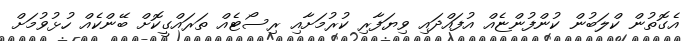
އެގޮތުން ކްލަބުން ކުންފުންޏެއް އުފައްދައި ވިޔަފާރި ކުރުމަށާއި ރިސޯޓެއް ތަރައްގީކޮށް ބޭންކެއް ހުޅުވުމަށް